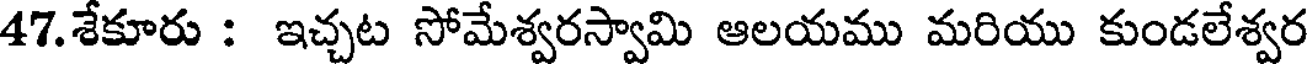
47.శేకూరు : ఇచ్చట సోమేశ్వరస్వామి ఆలయము మరియు కుండలేశ్వర